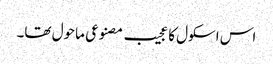
اس اسکول کا عجیب مصنوعی ماحول تھا۔